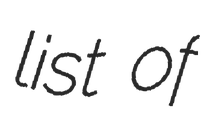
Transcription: list of